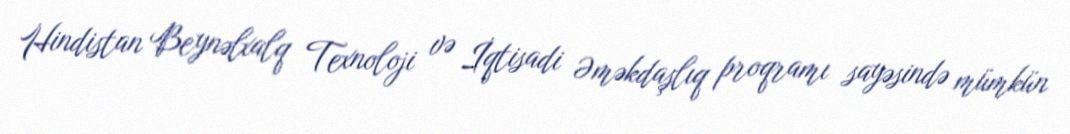
Hindistan Beynəlxalq Texnoloji və İqtisadi Əməkdaşlıq proqramı sayəsində mümkün